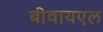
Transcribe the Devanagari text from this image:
बीवायएल